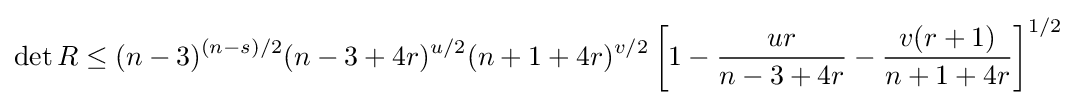
\det R\leq (n-3)^{(n-s)/2}(n-3+4r)^{u/2}(n+1+4r)^{v/2}\left[1-{\frac {ur}{n-3+4r}}-{\frac {v(r+1)}{n+1+4r}}\right]^{1/2}